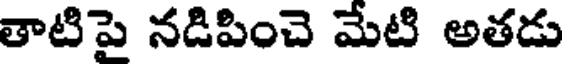
తాటిపై నడిపించె మేటి అతడు